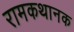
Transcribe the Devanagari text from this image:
रामकथानक